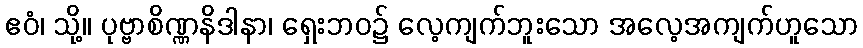
ဧဝံ၊ သို့။ ပုဗ္ဗာစိဏ္ဏနိဒါနာ၊ ရှေးဘဝ၌ လေ့ကျက်ဘူးသော အလေ့အကျက်ဟူသော